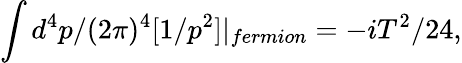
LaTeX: \int d^{4}p/(2\pi)^{4}[1/p^{2}]|_{fermion}=-iT^{2}/24,